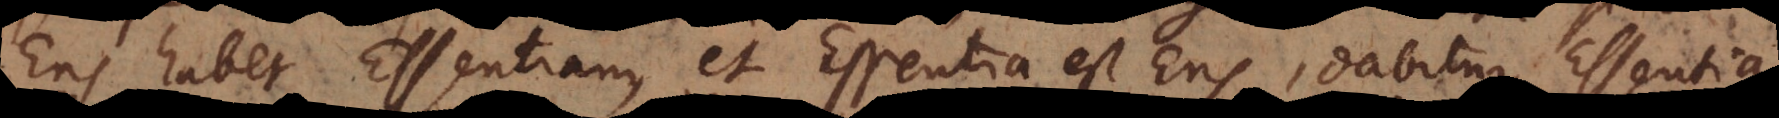
Ens habet Essentiam, et Essentia est Ens, dabitur Essentia